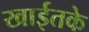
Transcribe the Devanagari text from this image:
खाईतके